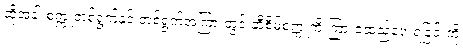
ထိုအခါ စက္ကူတစ်ရွက်နှင့် တစ်ရွက်အကြားတွင် ဆီစိမ်စက္ကူကို ကြားခံထည့်ပေးရခြင်းကို